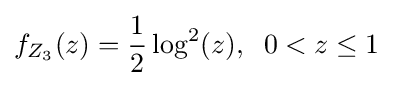
f_{Z_{3}}(z)={\frac {1}{2}}\log ^{2}(z),\;\;0<z\leq 1